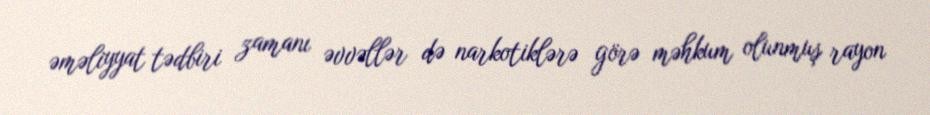
əməliyyat tədbiri zamanı əvvəllər də narkotiklərə görə məhkum olunmuş rayon